Insane asylums in Bengal annual reports 1867-1875 - 1867-1875
Year: 1867
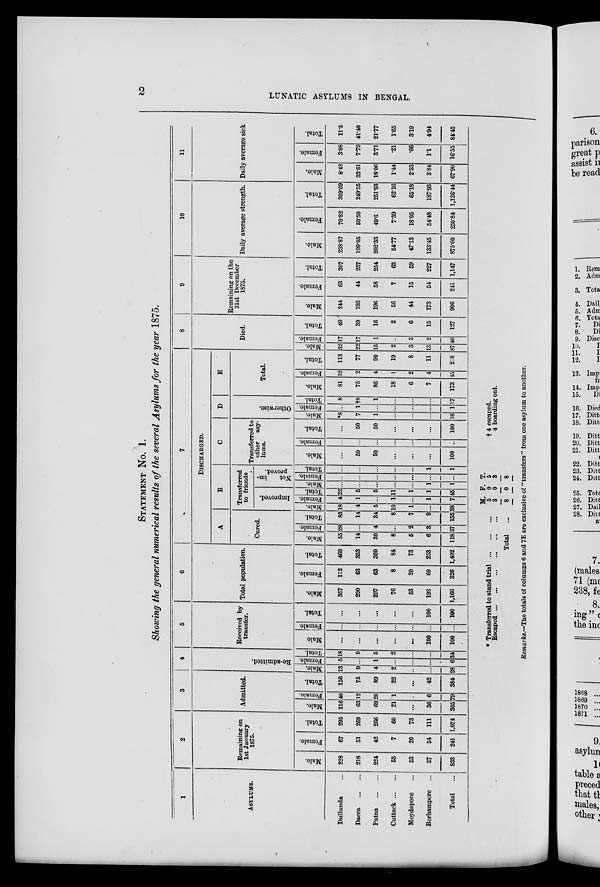
2
LUNATIC ASYLUMS IN BENGAL.
STATEMENT No. 1.
Showing the general numerical results of the several Asylums for the year 1875.
1
ASYLUMS.
Dullunda ...
Dacca
...
...
Patna
...
...
Cuttack ... ...
Moydapore ...
Berhampore ...
Total ...
2
Remaining on
1st January
1875.
Male.
228
218
224
53
53
57
833
Female.
67
51
42
7
20
54
241
Total.
295
269
266
60
73
111
1,074
3
Admitted.
Male.
116
63
69
21
...
36
305
Female.
40
12
20
1
...
6
79
Total.
156
75
89
22
...
42
384
4
Re-admitted.
Male.
13
9
4
2
...
...
28
Female.
5
...
1
...
...
...
6
Total.
18
9
5
2
...
...
34
5
Received by
transfer.
Male.
...
...
...
...
...
100
100
Female.
...
...
...
...
...
...
...
Total.
...
...
...
...
...
100
100
6
Total population.
Male.
357
290
297
76
53
193
1,166
Female.
112
63
63
8
20
60
326
Total.
469
353
360
84
73
253
1,492
7
DISCHARGED.
A
Cured.
Male.
55
14
30
8
5
6
118
Female.
28
...
4
...
2
3
37
Total.
83
14
34
8
7
9
155
B
Transferred
to friends
Improved.
Male.
18
4
5
10
1
...
38
Female.
4
1
...
1
...
1
7
Total.
22
5
5
11
1
1
45
Not
im-
proved.
Male.
...
...
...
...
...
1
1
Female.
...
...
...
...
...
...
...
Total.
...
...
...
...
...
1
1
C
Transferred to
other
asy-
lums.
Male.
...
50
50
...
...
...
100
Female.
...
...
...
...
...
...
...
Total.
...
50
50
...
...
...
100
D
Otherwise.
Male.
*8
7
1
...
...
...
16
Female.
...
1
...
...
...
...
1
Total.
8
†8
1
...
...
...
17
E
Total.
Male.
81
75
86
18
6
7
173
Female.
32
2
4
1
2
4
45
Total.
113
77
90
19
8
11
218
8
Died.
Male.
32
22
15
2
3
13
87
Female.
17
17
1
...
3
2
40
Total.
49
39
16
2
6
15
127
9
Remaining on the
31st December
1875.
Male.
244
193
196
56
44
173
906
Female.
63
44
58
7
15
54
241
Total.
307
237
254
63
59
227
1,147
10
Daily average strength.
Male.
238.87
199.05
202.33
54.77
47.13
133.45
875.60
Female.
70.82
50.50
49.6
7.39
18.05
54.48
250.84
Total.
309.69
249.55
251.93
62.16
65.18
187.93
1,126.44
11
Daily average sick
Male.
8.42
33.61
18.06
1.44
2.53
3.84
67.90
Female.
3.08
7.79
3.71
.21
.66
1.1
16.55
Total.
11.5
41.40
21.77
1.65
3.19
4.94
84.45
* Transferred to stand trial
...
...
...
Escaped
...
...
...
...
...
Total
...
M.
5
3
8
F.
0
0
0
T.
5
3
8
† 4 escaped.
4 boarding out.
Remarks.—The totals of columns 6 and 7E are exclusive of "transfers" from one asylum to another.